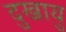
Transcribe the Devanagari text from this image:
दुखायु